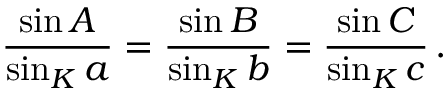
{ \frac { \sin A } { \sin _ { K } a } } = { \frac { \sin B } { \sin _ { K } b } } = { \frac { \sin C } { \sin _ { K } c } } \, .